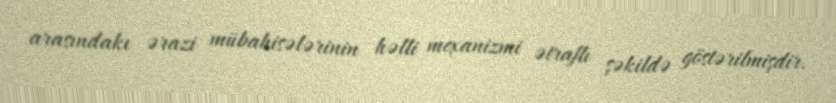
arasındakı ərazi mübahisələrinin həlli mexanizmi ətraflı şəkildə göstərilmişdir.